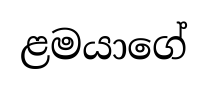
ළමයාගේ